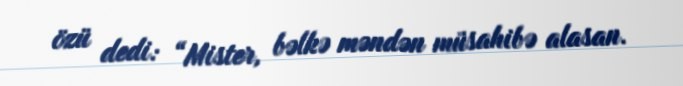
özü dedi: “Mister, bəlkə məndən müsahibə alasan.